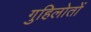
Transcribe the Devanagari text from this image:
गुहिलोतों